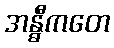
အန္ဓီကတေ